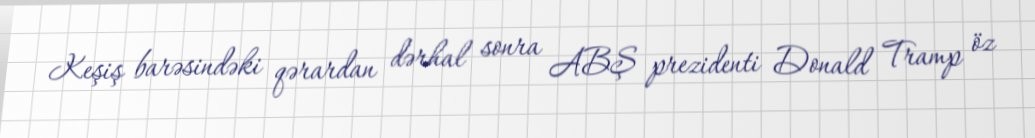
Keşiş barəsindəki qərardan dərhal sonra ABŞ prezidenti Donald Tramp öz